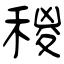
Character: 稯